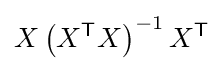
X\left(X^{\textsf {T}}X\right)^{-1}X^{\textsf {T}}